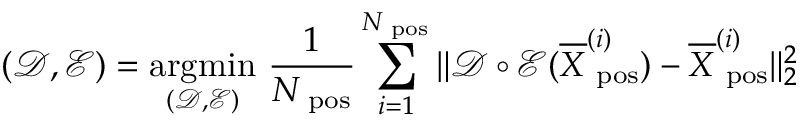
( \mathcal D , \mathcal E ) = \underset { ( \mathcal D , \mathcal E ) } { \mathrm { a r g m i n } } ~ \frac { 1 } { N _ { \mathrm { \scriptsize ~ p o s } } } \sum _ { i = 1 } ^ { N _ { \mathrm { \scriptsize ~ p o s } } } \| \mathcal D \circ \mathcal E ( \overline { { \boldsymbol X } } _ { \mathrm { \scriptsize ~ p o s } } ^ { ( i ) } ) - \overline { { \boldsymbol X } } _ { \mathrm { \scriptsize ~ p o s } } ^ { ( i ) } \| _ { 2 } ^ { 2 }